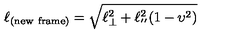
\ell _ { ( \mathrm { n e w \ f r a m e ) } } = \sqrt { \ell _ { \bot } ^ { 2 } + \ell _ { ' ^ { \prime } } ^ { 2 } ( 1 - \upsilon ^ { 2 } ) }